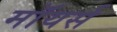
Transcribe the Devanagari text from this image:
मॉयर्स